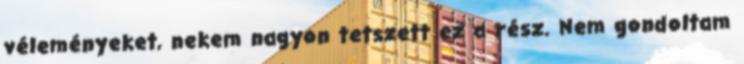
véleményeket, nekem nagyon tetszett ez a rész. Nem gondoltam